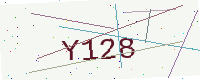
Text: Y128